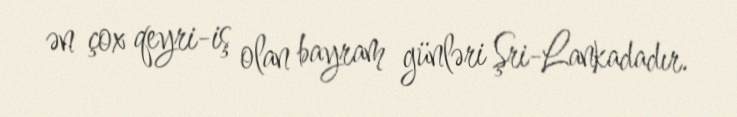
ən çox qeyri-iş olan bayram günləri Şri-Lankadadır.